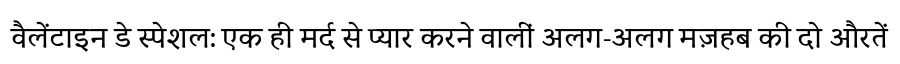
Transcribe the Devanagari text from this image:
वैलेंटाइन डे स्पेशल: एक ही मर्द से प्यार करने वालीं अलग-अलग मज़हब की दो औरतें